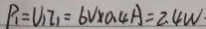
P _ { 1 } = U _ { 1 } I _ { 1 } = 6 V \times 0 . 4 A = 2 . 4 W